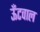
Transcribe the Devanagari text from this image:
ऊँटवाल